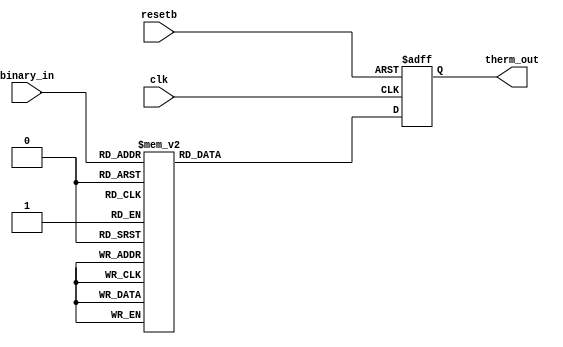
//Verilog HDL for "tirunels_design", "veri_decoder4x16" "functional"


module veri_bin2therm_4bit( clk, resetb, binary_in, therm_out );
 
input clk, resetb;
input [3:0] binary_in;
output [14:0] therm_out;
reg [14:0] therm_out;


always @(posedge clk or negedge resetb)
if(resetb == 1'b0)
 therm_out <= 15'h0000;
else
  case (binary_in)
    4'hF    : begin therm_out <= 15'h0000;end    
    4'hE    : begin therm_out <= 15'h0001;end   
    4'hD    : begin therm_out <= 15'h0003;end    
    4'hC    : begin therm_out <= 15'h0007;end   
    4'hB    : begin therm_out <= 15'h000F;end  
    4'hA    : begin therm_out <= 15'h001F;end  
    4'h9    : begin therm_out <= 15'h003F;end  
    4'h8    : begin therm_out <= 15'h007F;end  
    4'h7    : begin therm_out <= 15'h00FF;end   
    4'h6    : begin therm_out <= 15'h01FF;end   
    4'h5    : begin therm_out <= 15'h03FF;end   
    4'h4    : begin therm_out <= 15'h07FF;end   
    4'h3    : begin therm_out <= 15'h0FFF;end  
    4'h2    : begin therm_out <= 15'h1FFF;end  
    4'h1    : begin therm_out <= 15'h3FFF;end 
    4'h0    : begin therm_out <= 15'h7FFF;end 
    default : begin therm_out <= 15'h0000;end
  endcase

endmodule